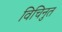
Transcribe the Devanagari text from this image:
विचिनुत